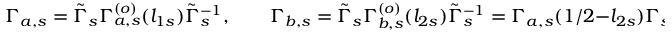
\Gamma _ { a , s } = \tilde { \Gamma } _ { s } \Gamma _ { a , s } ^ { ( o ) } ( l _ { 1 s } ) \tilde { \Gamma } _ { s } ^ { - 1 } , \qquad \Gamma _ { b , s } = \tilde { \Gamma } _ { s } \Gamma _ { b , s } ^ { ( o ) } ( l _ { 2 s } ) \tilde { \Gamma } _ { s } ^ { - 1 } = \Gamma _ { a , s } ( { 1 / 2 } - l _ { 2 s } ) \Gamma _ { s } \qquad